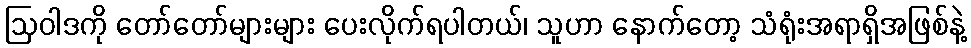
ဩဝါဒကို တော်တော်များများ ပေးလိုက်ရပါတယ်၊ သူဟာ နောက်တော့ သံရုံးအရာရှိအဖြစ်နဲ့